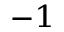
^ { - 1 }